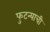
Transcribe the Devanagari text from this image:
फुटन्याची